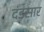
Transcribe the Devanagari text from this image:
दंडसार